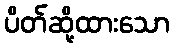
ပိတ်ဆို့ထားသော